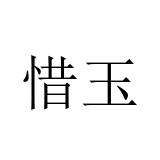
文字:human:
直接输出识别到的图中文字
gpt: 惜玉